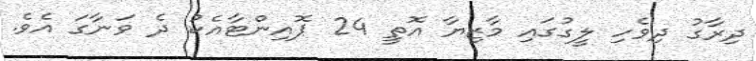
ދިރާގު ދިވެހި ލީގުގައި މާޒިޔާ އޮތީ 24 ޕޮއިންޓާއެކު ދެ ވަނާގަ އެވެ.